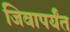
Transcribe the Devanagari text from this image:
जिवापर्यंत